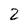
Character: 2